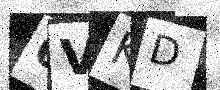
Text: 6VKD